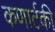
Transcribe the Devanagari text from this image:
कणार्टकी